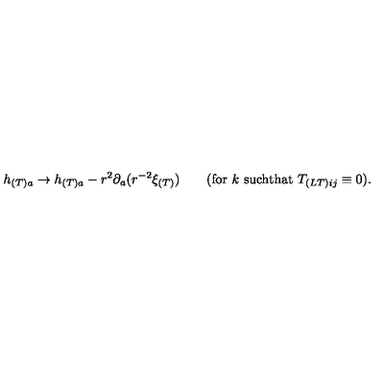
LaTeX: h _ { ( T ) a } \to h _ { ( T ) a } - r ^ { 2 } \partial _ { a } ( r ^ { - 2 } \xi _ { ( T ) } ) \qquad ( \mathrm { f o r } \ k \ \mathrm { s u c h t h a t } \ T _ { ( L T ) i j } \equiv 0 ) .